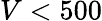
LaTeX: V<500